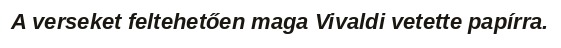
A verseket feltehetően maga Vivaldi vetette papírra.